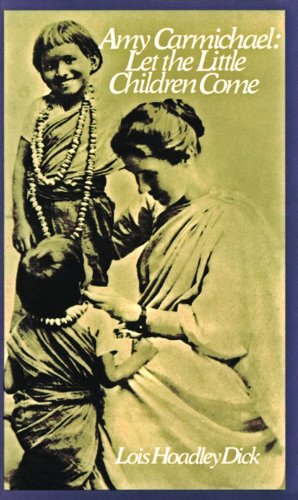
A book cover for Amy Carmichael: Let the Little Children Come; Lois Hoadley Dick; Biographies & Memoirs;